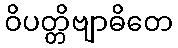
ဝိပတ္တိဗျာဓိတေ